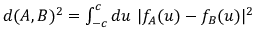
\begin{array} { r } { d ( A , B ) ^ { 2 } = \int _ { - c } ^ { c } d u ~ | f _ { A } ( u ) - f _ { B } ( u ) | ^ { 2 } } \end{array}